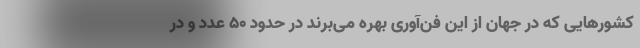
کشورهایی که در جهان از این فن‌آوری بهره می‌برند در حدود 50 عدد و در